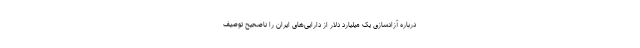
درباره آزادسازی یک میلیارد دلار از دارایی‌های ایران را ناصحیح توصیف